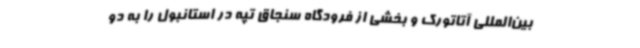
بین‌المللی آتاتورک و بخشی از فرودگاه سنجاق تپه در استانبول را به دو